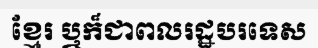
ខ្មែរ ឬក៏ជាពលរដ្ឋបរទេស